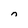
Character: n